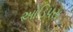
ઓડિપસ